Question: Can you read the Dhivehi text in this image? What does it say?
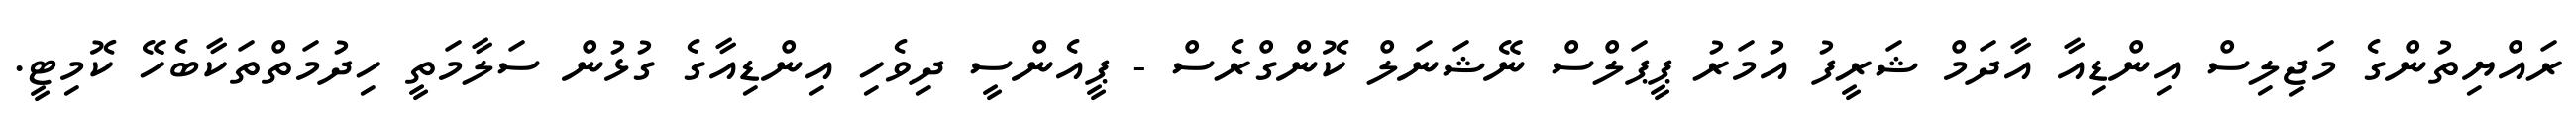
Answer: ރައްޔިތުންގެ މަޖިލިސް އިންޑިއާ އާދަމް ޝަރީފު އުމަރު ޕީޕަލްސް ނޭޝަނަލް ކޮންގްރެސް - ޕީއެންސީ ދިވެހި އިންޑިއާގެ ގުޅުން ސަލާމަތީ ހިދުމަތްތަކާބެހޭ ކޮމިޓީ.